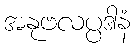
အနုဗလပ္ပဒါနံ